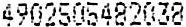
4902505482038